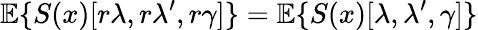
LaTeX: {\mathbb E}\{ S(x)[r\lambda,r\lambda^{\prime},r\gamma]\} ={\mathbb E}\{ S(x)[\lambda,\lambda^{\prime},\gamma]\}